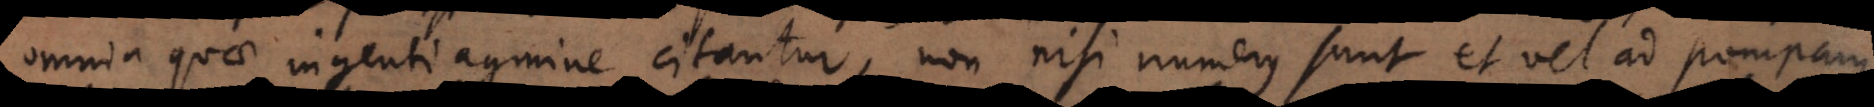
omnia quae ingenti agmine citantur, non nisi numerus sunt et vel ad pompam